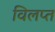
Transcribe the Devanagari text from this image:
विलप्त